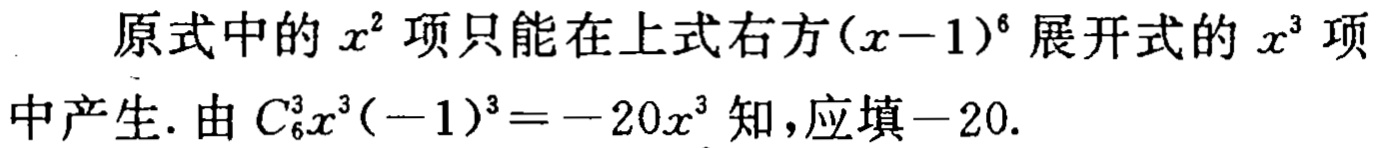
原式中的 \(x^{2}\) 项只能在上式右方\((x - 1)^{6}\) 展开式的 \(x^{3}\) 项中产生. 由 \(C_{6}^{3}x^{3}(-1)^{3}=-20x^{3}\) 知，应填\(-20\).